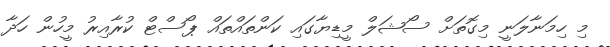
މި ހިމަނާލަނީ މިގޮތަށް ސޯޝަލް މީޑިޔާގައި ކަންތައްތައް ޕޯސްޓް ކުރާއިރު މީހުން ހަދާ